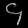
Digit: ၄